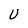
Character: U